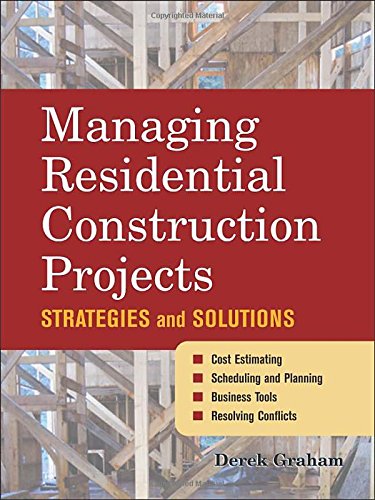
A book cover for Managing Residential Construction Projects: Strategies and Solutions; Derek Graham; Arts & Photography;